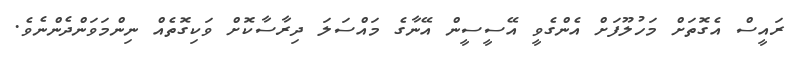
ރައީސް އެގޮތަށް މަހުލޫފަށް އެންގެވީ އޭސީސީން އޭނާގެ މައްސަލަ ދިރާސާކޮށް ވަކިގޮތެއް ނިންމަވަންދެންނެވެ.